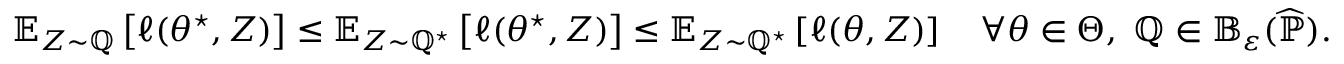
\begin{array} { r } { \mathbb E _ { Z \sim \mathbb Q } \left[ \ell ( \theta ^ { \star } , Z ) \right] \leq \mathbb E _ { Z \sim \mathbb Q ^ { \star } } \left[ \ell ( \theta ^ { \star } , Z ) \right] \leq \mathbb E _ { Z \sim \mathbb Q ^ { \star } } \left[ \ell ( \theta , Z ) \right] \quad \forall \theta \in \Theta , ~ \mathbb Q \in \mathbb B _ { \varepsilon } ( \widehat { \mathbb P } ) . } \end{array}